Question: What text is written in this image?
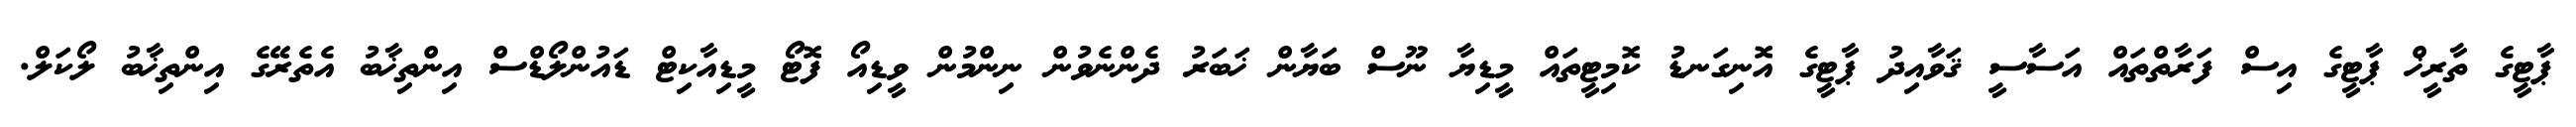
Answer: ޕާޓީގެ ތާރީޚް ޕާޓީގެ އިސް ފަރާތްތައް އަސާސީ ޤަވާއިދު ޕާޓީގެ އޮނިގަނޑު ކޮމިޓީތައް މީޑިޔާ ނޫސް ބަޔާން ޚަބަރު ދެންނެވުން ނިންމުން ވީޑިއޯ ފޮޓޯ މީޑިއާކިޓް ޑައުންލޯޑްސް އިންތިޚާބު އެތެރޭގެ އިންތިޚާބު ލޯކަލް.